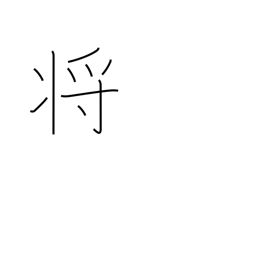
Meaning: commander